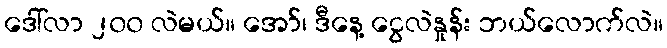
ဒေါ်လာ ၂၀၀ လဲမယ်။ အော်၊ ဒီနေ့ ငွေလဲနှုန်း ဘယ်လောက်လဲ။